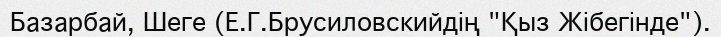
Базарбай, Шеге (Е.Г.Брусиловскийдің "Қыз Жібегінде").